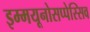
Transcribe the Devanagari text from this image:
इम्मयूनोसप्पेस्सिव